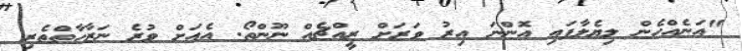
"އަނެއްހެން ލިޔެލާފައި އޮންނަ އިރު ވަރަށް ރީއްޗެއް ނޫންތޯ. އެއަށް ވުރެ ނަޒާހާތްތެރި